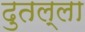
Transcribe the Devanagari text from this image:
दुतल्ला